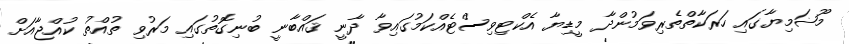
މޫޟަމިޔާގައި ހަރަކާތްތެރިވަމުންދާ މީޑިޔާ އެކްޓިވިސްޓެއްކަމުގައިވާ ދާނީ ޤައްބާނީ ބުނިގޮތުގައި މަރުވި ތުއްތު ކުއްޖާއަށް